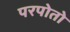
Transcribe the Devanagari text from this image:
परपोतो